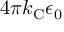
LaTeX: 4 \pi k _ { \mathrm { { C } } } \epsilon _ { 0 }